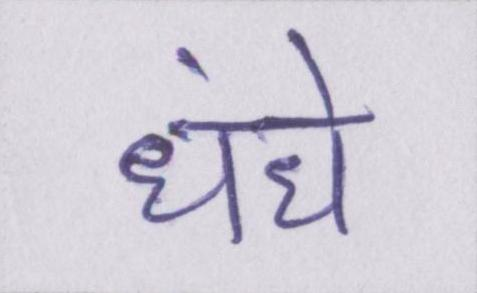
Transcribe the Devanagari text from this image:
धंधे